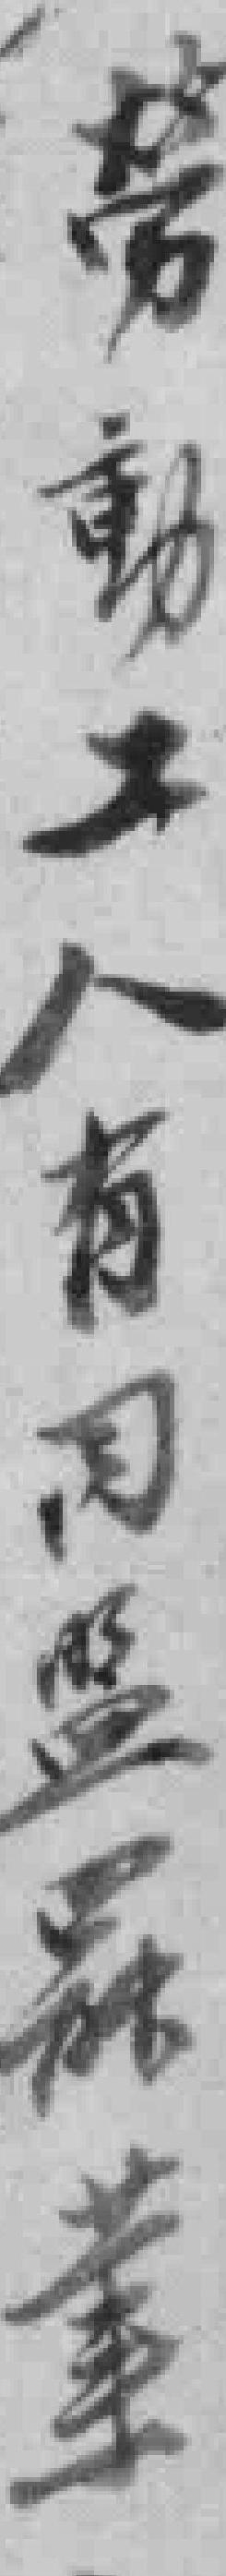
劳動工人有同监罷業